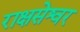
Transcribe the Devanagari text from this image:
राक्षसेश्वर